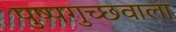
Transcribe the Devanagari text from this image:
पुष्पगुच्छवाला